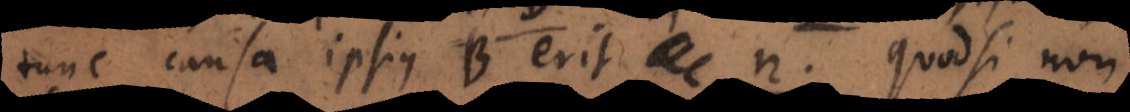
tunc causa ipsius [ L ] erit n. Quodsi non